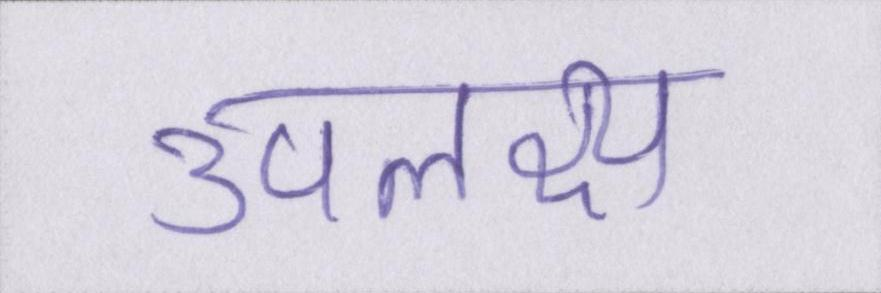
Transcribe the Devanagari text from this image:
उपलक्ष्य